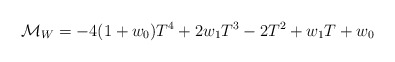
\begin{align*}{\cal M}_W = -4(1+w_{0})T^{4}+2w_{1}T^{3}-2T^{2}+w_{1}T+w_{0} \end{align*}